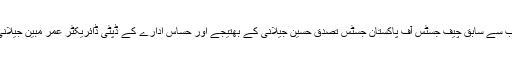
نیو نیوز کے مطابق ملتان کے علاقے کاٹن ریسرچ انسٹی ٹیوٹ کے قریب سے سابق چیف جسٹس آف پاکستان جسٹس تصدق حسین جیلانی کے بھتیجے اور حساس ادارے کے ڈپٹی ڈائریکٹر عمر مبین جیلانی کی تشدد زدہ لاش ملی ہے جنہیں 2014ء کے دوران اغواٗء کیا گیا تھا۔